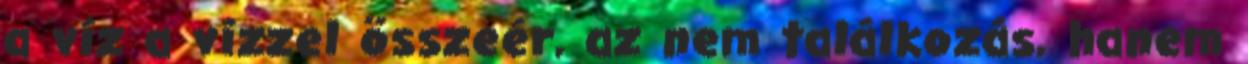
a víz a vízzel összeér, az nem találkozás, hanem